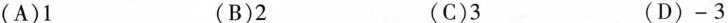
(A)1 (B)2 (C)3 (D)-3